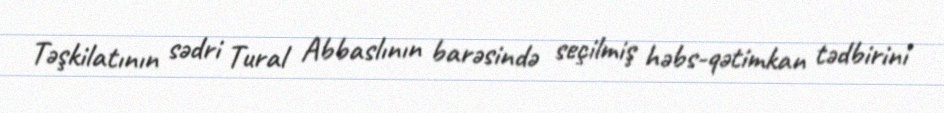
Təşkilatının sədri Tural Abbaslının barəsində seçilmiş həbs-qətimkan tədbirini